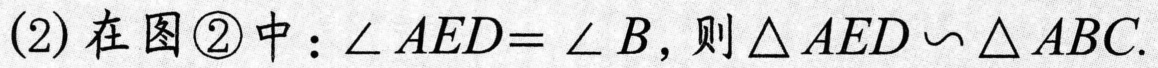
(2) 在图\textcircled{2}中：$\angle AED = \angle B$，则$\triangle AED\backsim\triangle ABC$.